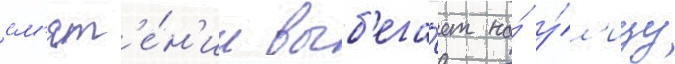
см'ят'е́н'ии выб'ега́ет на́ у́л'ицу